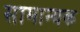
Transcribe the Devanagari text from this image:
सामान्यक